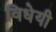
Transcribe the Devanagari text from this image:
विधेयी